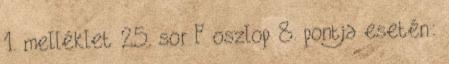
1. melléklet 25. sor F oszlop 8. pontja esetén: